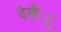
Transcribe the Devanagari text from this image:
देख्ँाू